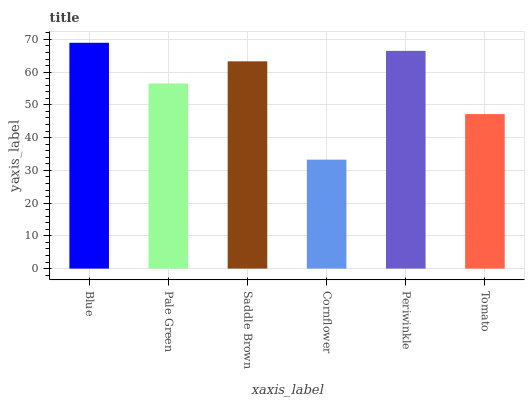
| xaxis_label | bars |
 | --- | --- |
 | Blue | 69 |
 | Pale Green | 56.5 |
 | Saddle Brown | 63.3 |
 | Cornflower | 33.3 |
 | Periwinkle | 66.5 |
 | Tomato | 47.2 |